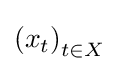
\left(x_{t}\right)_{t\in X}